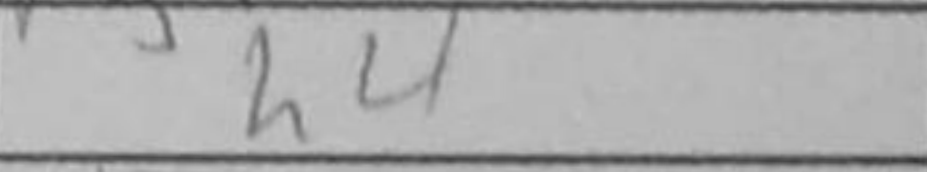
Transcription: h4